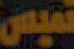
تميس